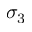
\sigma _ { 3 }